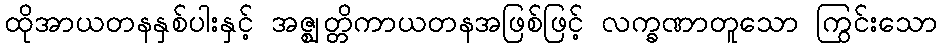
ထိုအာယတနနှစ်ပါးနှင့် အဇ္ဈတ္တိကာယတနအဖြစ်ဖြင့် လက္ခဏာတူသော ကြွင်းသော